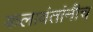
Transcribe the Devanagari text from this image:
कलावंतांनीच